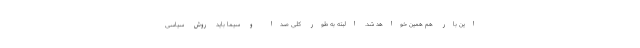
این بار هم همین خواهد شد. البته به طور کلی صدا و سیما باید روش سیاسی